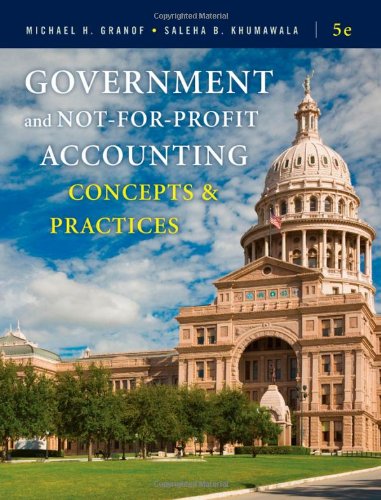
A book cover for Government and Not-for-Profit Accounting: Concepts and Practices; Michael H. Granof; Business & Money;